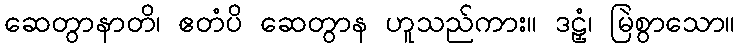
ဆေတွာနာတိ၊ ဧတံပိ ဆေတွာန ဟူသည်ကား။ ဒဠှံ၊ မြဲစွာသော။